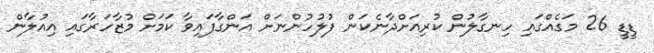
ޑީޑީ 26 މަގެއްގައި ހިނގާލުން ކުރިއަށްދާނެކަން ފުލުހުންނަށް އަންގާފައިވާ ކަމަށް މުޒާހަރާގައި އިއުލާން